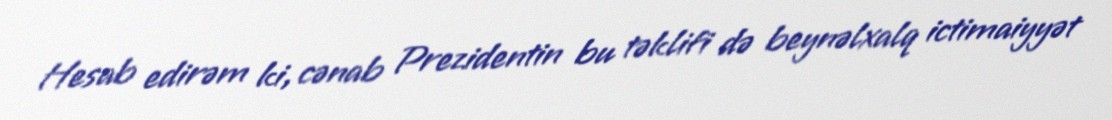
Hesab edirəm ki, cənab Prezidentin bu təklifi də beynəlxalq ictimaiyyət